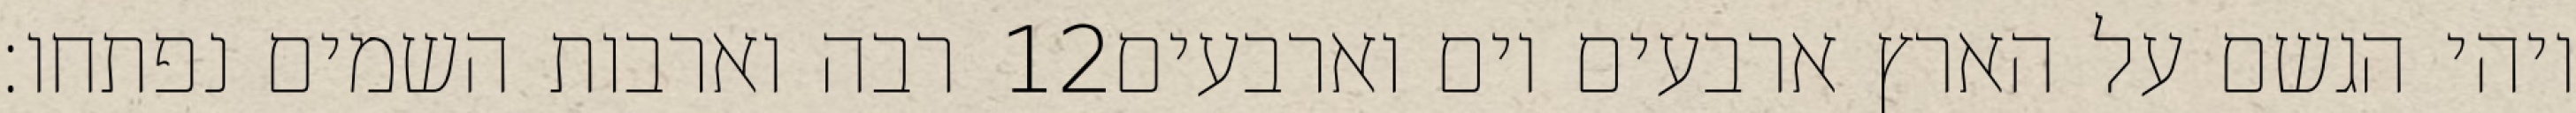
רבה וארבות השמים נפתחו׃ ‎12‏ ויהי הגשם על הארץ ארבעים יום וארבעים